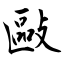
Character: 敺